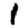
Digit: 1